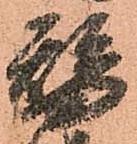
替